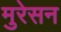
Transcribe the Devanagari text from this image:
मुरेसन